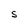
Character: S